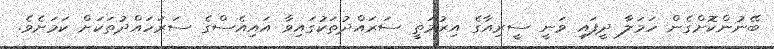
ބޭނުންކޮށްގެން ހަމަލާ ދީފައި ވަނީ ސީރިއާގެ އިރުމަތީ ސަރައްދުތަކުގައިވާ އައިއެސްގެ ސަރަހައްދުތަކަށް ކަމަށެވެ.